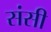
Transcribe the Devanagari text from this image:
संसी